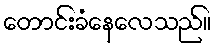
တောင်းခံနေလေသည်။